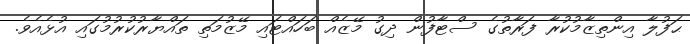
ޙަފުލާ އިންތިޒާމުކުރާ ފަރާތުގެ ސްޓާފުން ދިގު މޭޒެއް ބަހައްޓައި މޭޒުމަތި ތައްޔާރުކުރުމުގައި އުޅެއެވެ.